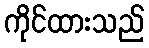
ကိုင်ထားသည်